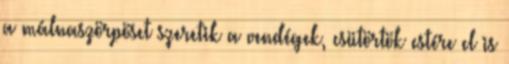
a málnaszörpöset szeretik a vendégek, csütörtök estére el is